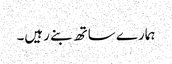
ہمارے ساتھ بنے رہیں۔